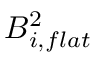
B _ { i , f l a t } ^ { 2 }